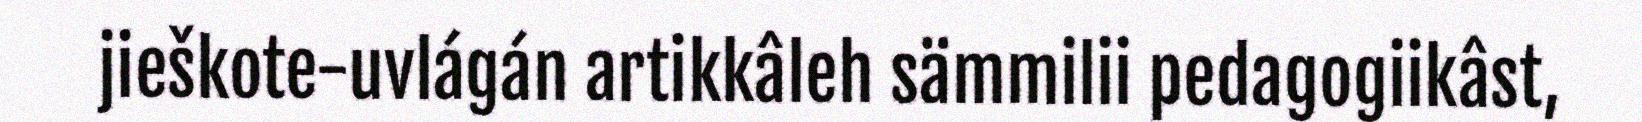
jieškote-uvlágán artikkâleh sämmilii pedagogiikâst,